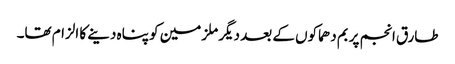
طارق انجم پر بم دھماکوں کے بعد دیگر ملزمین کو پناہ دینے کا الزام تھا۔